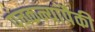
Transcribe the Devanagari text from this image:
पंचकन्यांपैकी